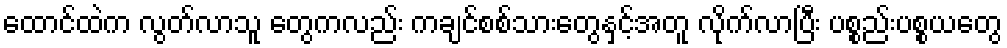
ထောင်ထဲက လွတ်လာသူ တွေကလည်း ကချင်စစ်သားတွေနှင့်အတူ လိုက်လာပြီး ပစ္စည်းပစ္စယတွေ